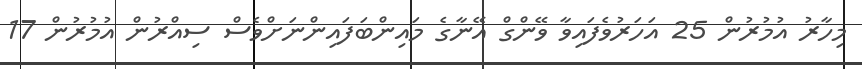
މިހާރު އުމުރުން 25 އަހަރުވެފައިވާ ވޭންގް އޭނާގެ މައިންބަފައިންނަށްވެސް ސިއްރުން އުމުރުން 17